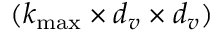
( { k _ { \operatorname* { m a x } } \times d _ { v } \times d _ { v } } )